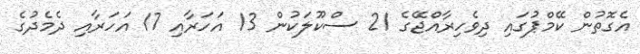
އެގޮތުން ކޭމްޕުގައި ދިވެހިރާއްޖޭގެ 21 ސްކޫލަކުން 13 އަހަރާއި 17 އަހަރާއި ދެމެދުގެ